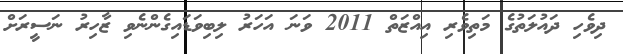
ދިވެހި ދައުލަތުގެ މަތިވެރި އިއްޒަތް 2011 ވަނަ އަހަރު ލިބިވަޑައިގެންނެވި ޒާހިރު ނަސީރަށް